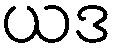
ယဒ